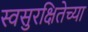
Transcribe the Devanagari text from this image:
स्वसुरक्षितेच्या